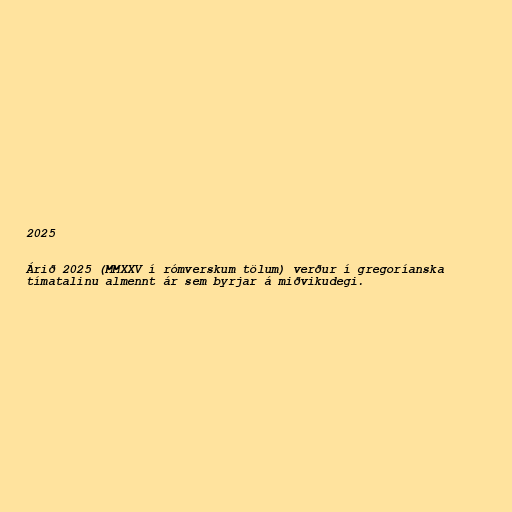
2025

Árið 2025 (MMXXV í rómverskum tölum) verður í gregoríanska
tímatalinu almennt ár sem byrjar á miðvikudegi.